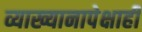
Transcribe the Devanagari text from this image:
व्याख्यानापेक्षाही